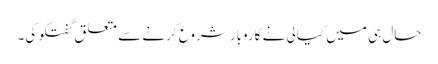
حال ہی میں کیالی نے کاروبار شروع کرنے سے متعلق گفتگو کی۔